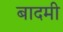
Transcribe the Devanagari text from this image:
बादमी